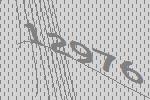
12976